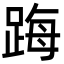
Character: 踇